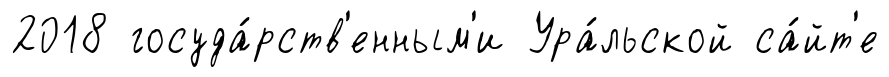
2018 госуда́рств'енным'и Ура́льской са́йт'е